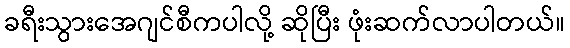
ခရီးသွားအေဂျင်စီကပါလို့ ဆိုပြီး ဖုံးဆက်လာပါတယ်။